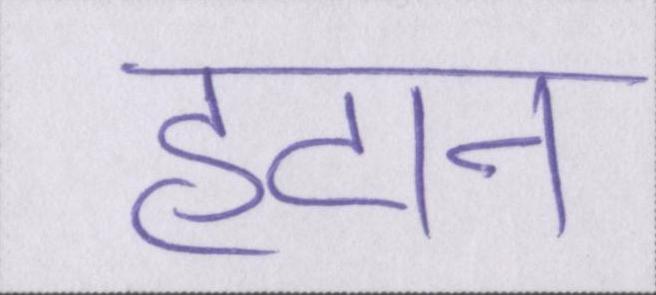
हटान